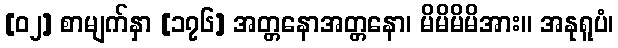
[၀၂] စာမျက်နှာ [၁၇၆] အတ္တနောအတ္တနော၊ မိမိမိမိအား။ အနုရူပံ၊